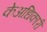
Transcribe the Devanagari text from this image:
केअधिकारी